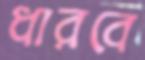
ধারবে